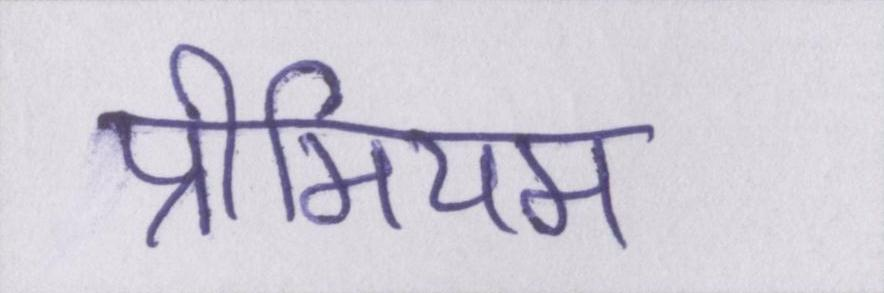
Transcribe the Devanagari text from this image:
प्रीमियम